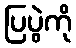
ပြပွဲကို